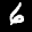
Label: 6